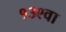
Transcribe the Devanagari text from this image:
१३९वा